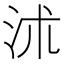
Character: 沭